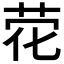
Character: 𰰽